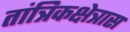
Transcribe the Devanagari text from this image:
तांत्रिकक्षेत्रास